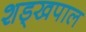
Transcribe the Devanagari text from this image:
शड्खपाल